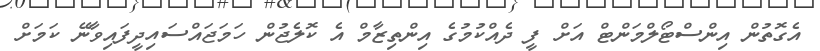
އެގޮތުން އިންސްޓޯލްމަންޓް އަށް ފީ ދެއްކުމުގެ އިންތިޒާމް އެ ކޮލެޖުން ހަމަޖައްސައިދީފައިވާނޭ ކަމަށް